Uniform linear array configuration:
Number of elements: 8
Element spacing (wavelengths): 0.75
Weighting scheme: hamming
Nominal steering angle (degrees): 45
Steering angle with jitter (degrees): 44.582
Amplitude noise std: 0.05
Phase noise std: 0.05

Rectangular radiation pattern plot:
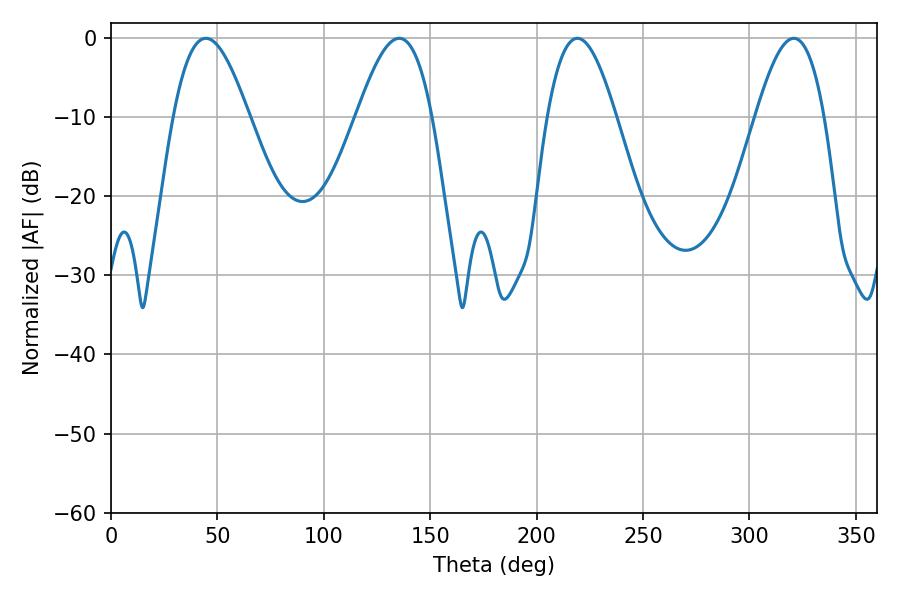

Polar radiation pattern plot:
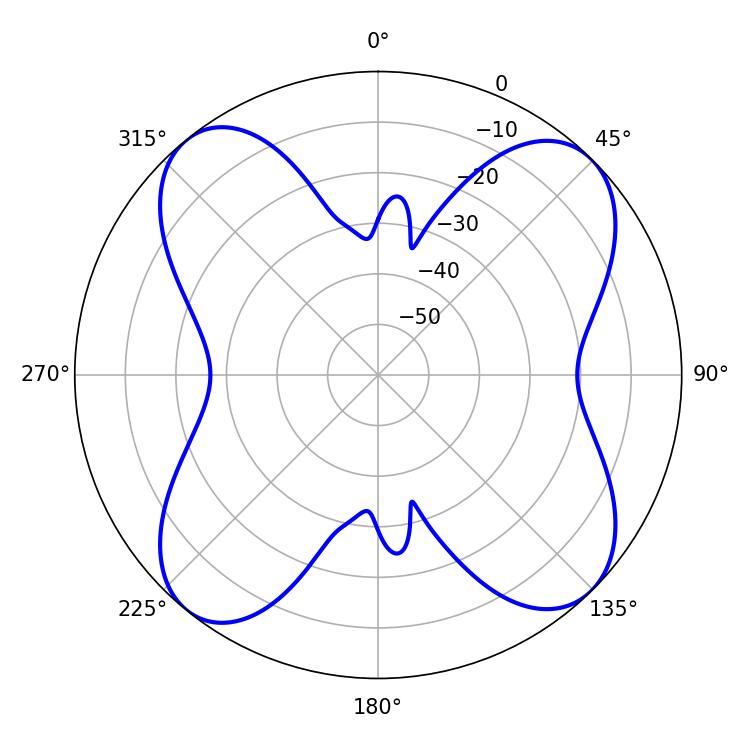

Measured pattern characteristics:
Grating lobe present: TRUE
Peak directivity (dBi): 13.07
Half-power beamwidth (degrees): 19.08
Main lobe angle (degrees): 44.64